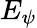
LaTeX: E_{\psi}